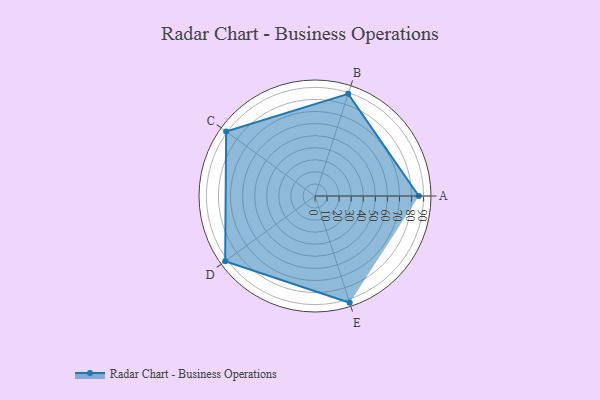
{"axis": {"x": "Skill", "y": "Score"}, "legend": ["Profile"], "data": [{"x": "A", "y": 86.0, "type": "Profile"}, {"x": "B", "y": 89.0, "type": "Profile"}, {"x": "C", "y": 91.0, "type": "Profile"}, {"x": "D", "y": 92.0, "type": "Profile"}, {"x": "E", "y": 93.0, "type": "Profile"}]}